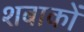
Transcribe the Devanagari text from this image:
शबाकों